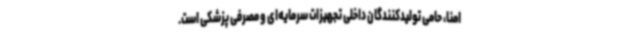
امنا، حامی تولیدکنندگان داخلی تجهیزات سرمایه‌ای و مصرفی پزشکی است.